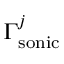
\Gamma _ { \mathrm { { s o n i c } } } ^ { j }